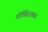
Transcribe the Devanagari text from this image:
गोविंदफळ